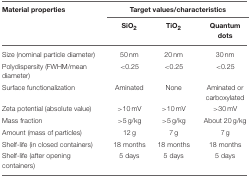
| Material properties | <COLSPAN=3> Target values/characteristics |
 |  | SiO2 | TiO2 | Quantum dots |
 | --- | --- | --- | --- |
 | Size (nominal particle diameter) | 50 nm | 20 nm | 30 nm |
 | Polydispersity (FWHM/mean diameter) | <0.25 | <0.25 | <0.25 |
 | Surface functionalization | Aminated | None | Aminated or carboxylated |
 | Zeta potential (absolute value) | >10 mV | >10 mV | >30 mV |
 | Mass fraction | >5 g/kg | >5 g/kg | About 20 g/kg |
 | Amount (mass of particles) | 12 g | 7 g | 7 g |
 | Shelf-life (in closed containers) | 18 months | 18 months | 18 months |
 | Shelf-life (after opening containers) | 5 days | 5 days | 5 days |